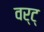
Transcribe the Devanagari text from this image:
वर्ट्